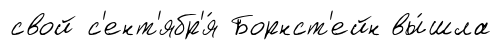
свой с'ент'ябр'я́ Борнст'ейн вы́шла